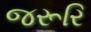
જરૂરિ